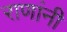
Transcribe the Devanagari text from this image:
राणांनी